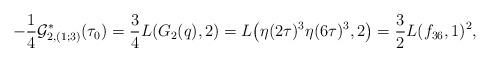
LaTeX: \begin{gather*}- \frac 14 \mathcal G_{2,(1;3)}^\ast(\tau_0) =\frac 34L(G_2(q), 2) = L\big(\eta(2\tau)^3\eta(6\tau)^3,2\big)=\frac 32 L(f_{36},1)^2,\end{gather*}